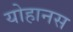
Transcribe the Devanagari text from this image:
योहानस